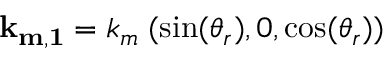
{ \bf k _ { m , 1 } } = k _ { m } \; ( \sin ( \theta _ { r } ) , 0 , \cos ( \theta _ { r } ) )